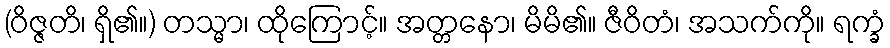
(ဝိဇ္ဇတိ၊ ရှိ၏။) တသ္မာ၊ ထိုကြောင့်။ အတ္တနော၊ မိမိ၏။ ဇီဝိတံ၊ အသက်ကို။ ရက္ခံ